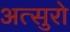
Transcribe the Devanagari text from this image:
अत्सुरो